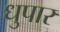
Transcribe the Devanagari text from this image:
धुपार